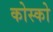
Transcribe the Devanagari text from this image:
कोस्को